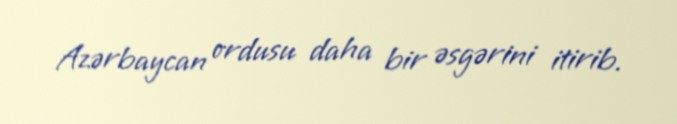
Azərbaycan ordusu daha bir əsgərini itirib.